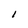
Character: I